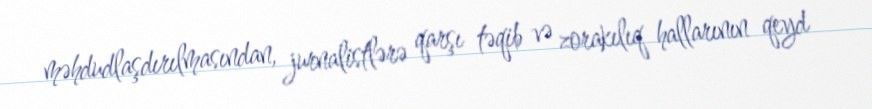
məhdudlaşdırılmasından, jurnalistlərə qarşı təqib və zorakılıq hallarının qeyd